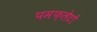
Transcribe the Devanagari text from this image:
पमफ़लेटों